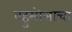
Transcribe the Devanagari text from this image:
बहुमोलाचा